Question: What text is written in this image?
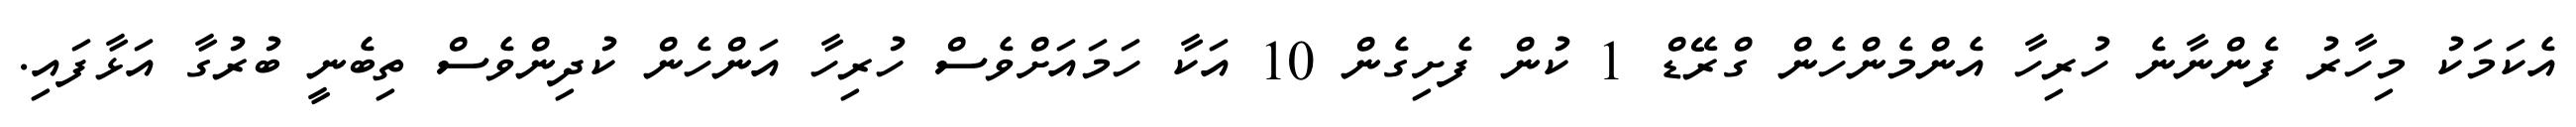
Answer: އެކަމަކު މިހާރު ފެންނާނެ ހުރިހާ އެންމެންހެން ގްރޭޑް 1 ކުން ފެށިގެން 10 އަކާ ހަމައަށްވެސް ހުރިހާ އަންހެން ކުދިންވެސް ތިބެނީ ބުރުގާ އަޅާފައި.